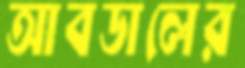
আবডালের